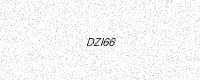
Text: DZI66